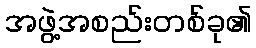
အဖွဲ့အစည်းတစ်ခု၏